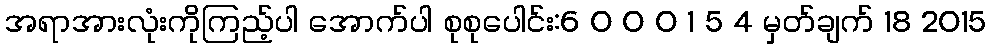
အရာအားလုံးကိုကြည့်ပါ အောက်ပါ စုစုပေါင်း:6 0 0 0 1 5 4 မှတ်ချက် 18 2015